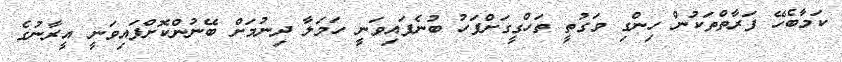
ކަމާބެހޭ ފަރާތްތަކުން ހިންގި ވަގުތީ ތަހްގީގަށްފަހު ބުނެފައިވަނީ ހަމަލާ ދިނުމަށް ބޭނުންކޮށްފައިވަނީ އީރާނުގެ